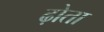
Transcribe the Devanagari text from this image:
ढ़ोता